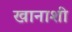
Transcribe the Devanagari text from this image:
खानाशी